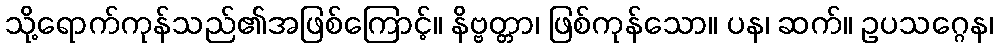
သို့ရောက်ကုန်သည်၏အဖြစ်ကြောင့်။ နိဗ္ဗတ္တာ၊ ဖြစ်ကုန်သော။ ပန၊ ဆက်။ ဥပသဂ္ဂေန၊